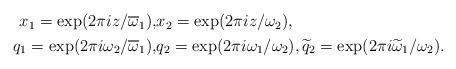
LaTeX: \begin{align*}\begin{aligned}x_1=\exp(2\pi i z/\overline\omega_1), &x_2=\exp(2\pi i z/\omega_2), \\ q_1=\exp(2\pi i{\omega_2}/{\overline\omega_1}), &q_2=\exp(2\pi i{\omega_1}/{\omega_2}) , \widetilde{q}_2=\exp(2\pi i{\widetilde\omega_1}/{\omega_2}) .\end{aligned}\end{align*}